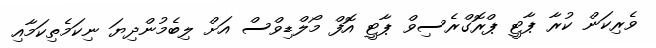
ވެރިކަން ކުރާ ޕާޓީ ޕްރޮގްރެސިވް ޕާޓީ އޮފް މޯލްޑިވްސް އަށް ލިބެމުންދިޔަ ނިކަމެތިކަމާއި